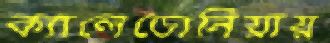
ক্যালেডোনিয়ায়